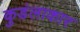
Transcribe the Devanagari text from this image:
कुडंलाकार